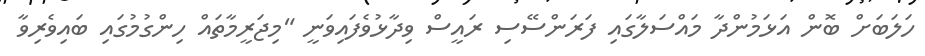
ހަލަބަށް ބޮން އަޅަމުންދާ މައްސަލާގައި ފަރަންސޭސި ރައީސް ވިދާޅުވެފައިވަނީ "މިޖަރީމާތައް ހިންގުމުގައި ބައިވެރިވާ